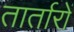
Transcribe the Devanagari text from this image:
तार्तारों